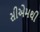
સીએમથી